Vaccination in Burma 1920-1933 - 1920-1933
Year: 1920
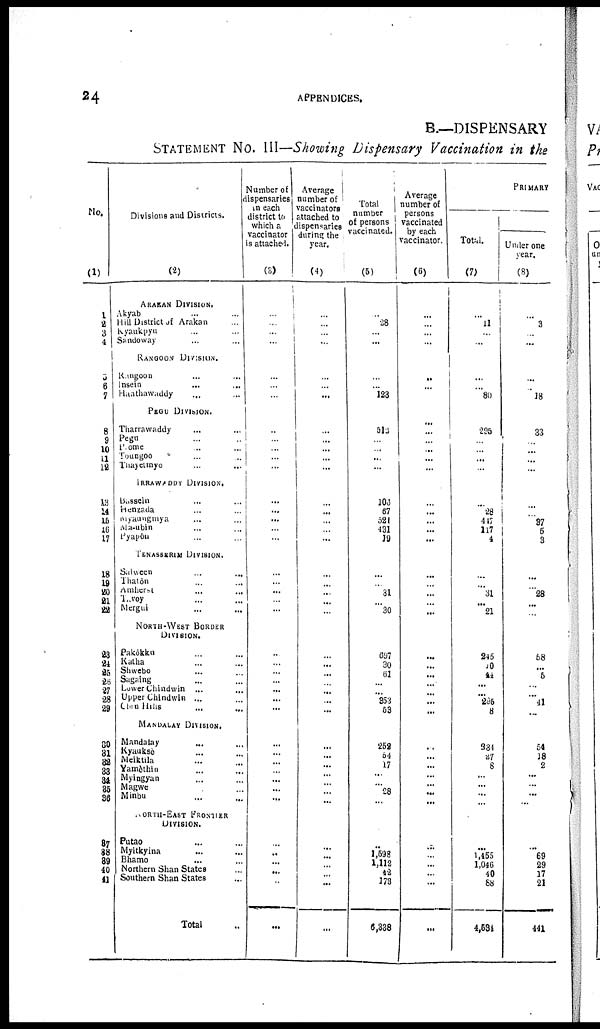
24
APPENDICES.
B.—DISPENSARY
STATEMENT No. III—Showing Dispensary Vaccination in the
No.
(1)
1
2 3
4
5
6
7
8
9
10
11
12
13
14 15
16
17
18
19
20
21
22
23
24
25
26
27
28
29
30
31
32
33
34
35
36
37
38
39
40
41
Divisions and Districts.
(2)
ARAKAN DIVISION.
Akyab ... ...
Hill District of Arakan ...
Kyaukpyu ... ...
Sandoway ... ...
RANGOON DIVISION.
Rangoon ... ...
Insein
...
...
Hanthawaddy ... ...
PEGU DIVISION.
Tharrawaddy ... ...
Pegu ... ...
Prome ... ...
Toungoo ... ...
Thayetinyo
...
...
IRRAWADDY DIVISION.
Bassein ... ...
Henzada ...
Myaungmya ... ...
Ma-ubin
...
...
Pyapôu ... ...
PENASSERIM DIVISION.
Salween ... ...
Tgatôn
...
...
Amherst
...
...
Tavoy ... ...
Mergui ... ...
NORTH-WEST BORDER
DIVISION.
Pakôkku ... ...
Katha ... ...
Shwebo ... ...
Sagaing ... ...
Lower Chindwin ...
Upper Chlndwin ...
Chin Hills
...
...
MANDALAY DIVISION.
Mandalay ... ...
Kyauksè ... ...
Meiktila ... ...
Yamôthin
...
...
Myingyan
...
...
Magwe ... ...
Minbu ... ...
NORTH-EAST FRONTIER
DIVISION.
Putao ... ...
Myitkyina ... ...
Bhamo
... ...
Northern Shan States ...
Southern Shan States ...
Total ...
Number of
dispensaries
in each
district to
which a
vaccinator
is attached.
(3)
...
...
...
...
...
...
...
...
...
...
...
...
...
...
...
...
...
...
...
...
...
...
...
...
...
...
...
...
...
...
...
...
...
...
...
...
...
...
...
...
...
...
Average
number of
vaccinators
attached to
dispensaries
during the
year.
(4)
...
...
...
...
...
...
...
...
...
...
...
...
...
...
...
...
...
...
...
...
...
...
...
...
...
...
...
...
...
...
...
...
...
...
...
...
...
...
...
...
...
...
Total
number
of persons
vaccinated.
(5)
...
...
26
...
...
...
123
513
...
...
...
...
103
67
521
431
19
...
...
31
...
30
697
30
61
...
...
853
53
252
54
17
...
...
26 ...
...
l,598
1,112 42
173
6,338
Average
number of
persons
vaccinated
by each
vaccinator.
(6)
...
...
...
...
...
...
...
...
...
...
...
...
...
...
...
...
...
...
...
...
...
...
...
...
...
...
...
...
...
...
...
...
...
...
...
...
...
...
...
...
...
...
PRIMARY
Total.
(7)
...
11 ...
...
...
...
80
295
...
...
...
...
...
28
447
117
4
...
...
31 ...
21
245
20
44
...
...
295
8
334
27
8
...
...
...
...
...
1,455
1,046 40
88
4,584
Under one
year.
(8)
...
3
...
...
...
...
18
33
...
...
...
...
...
...
87 5
3
...
...
28 ...
...
58
...
5
...
...
41
...
54
18
2
...
...
...
...
...
69
29 17
21
441